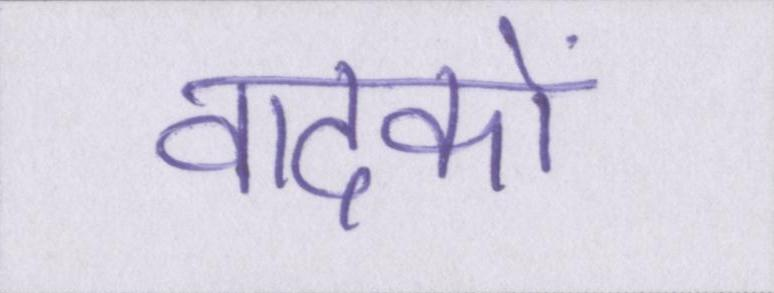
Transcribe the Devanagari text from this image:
वादकों